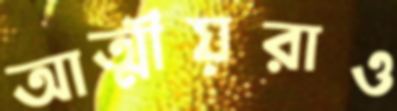
আত্মীয়রাও